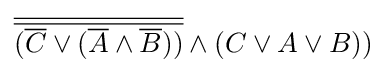
{\overline {\overline {({\overline {C}}\vee ({\overline {A}}\wedge {\overline {B}}))}}}\wedge (C\vee A\vee B))